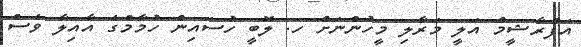
އަފްރާޝީމް އަލީ މަރާލި މީހުންނަށް ހ. ލޮބީ ހުސައިން ހުމާމްގެ އާއިލާ ވެސް